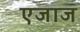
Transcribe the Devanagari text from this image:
एजाज